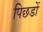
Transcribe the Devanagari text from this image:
पिछडों